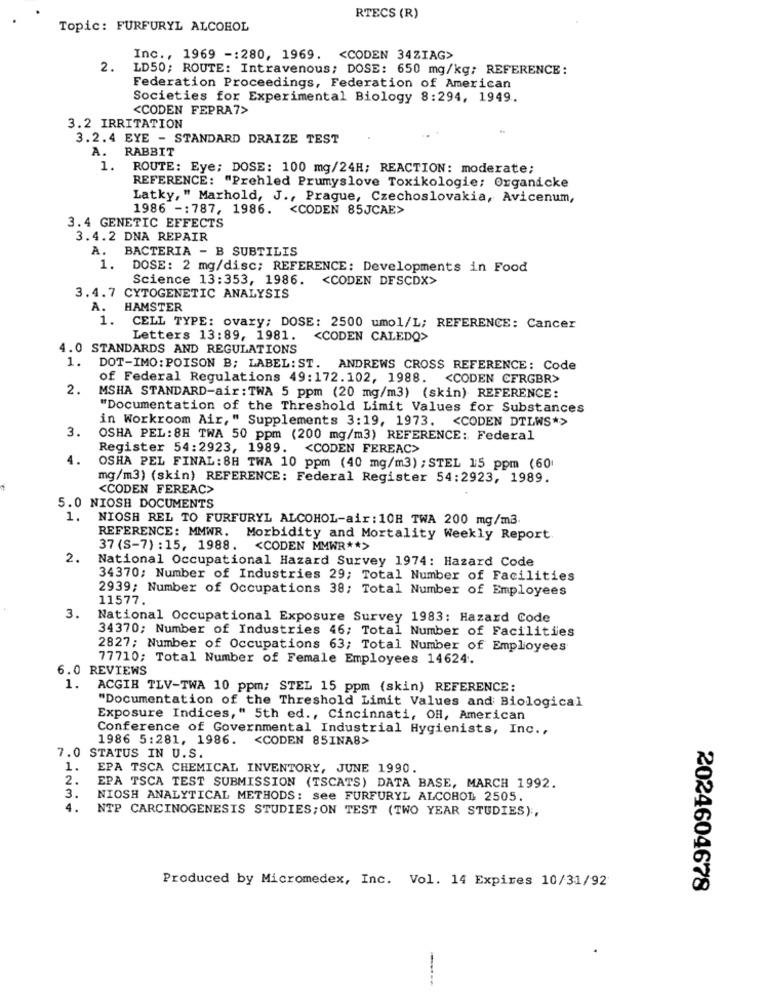
RTECS (R)
Topic: FURFURYL ALCOHOL
Inc ., 1969 -: 280, 1969. < CODEN 34ZIAG>
2.
LD50; ROUTE: Intravenous; DOSE: 650 mg/kg; REFERENCE:
Federation Proceedings, Federation of American
Societies for Experimental Biology 8:294, 1949.
<CODEN FEPRA7>
3.2 IRRITATION
3.2.4 EYE - STANDARD DRAIZE TEST
A. RABBIT
1.
ROUTE: Eye; DOSE: 100 mg/24H; REACTION: moderate;
REFERENCE: "Prehled Prumyslove Toxikologie; Organicke
Latky, " Marhold, J ., Prague, Czechoslovakia, Avicenum,
1986 -: 787, 1986. < CODEN 85JCAE>
3.4 GENETIC EFFECTS
3.4.2 DNA REPAIR
. BACTERIA - B SUBTILIS
1.
DOSE: 2 mg/disc; REFERENCE: Developments in Food
Science 13:353, 1986.
<CODEN DESCDX>
3.4.7 CYTOGENETIC ANALYSIS
A. HAMSTER
1.
CELL TYPE: ovary; DOSE: 2500 umol/L; REFERENCE: Cancer
Letters 13:89, 1981.
<CODEN CALEDQ>
4.0 STANDARDS AND REGULATIONS
1. DOT-IMO:POISON B; LABEL: ST. ANDREWS CROSS REFERENCE: Code
of Federal Regulations 49:172.102, 1988.
<CODEN CFRGBR>
2.
MSHA STANDARD-air:TWA 5 ppm (20 mg/m3) (skin) REFERENCE:
"Documentation of the Threshold Limit Values for Substances
in Workroom Air," Supplements 3:19, 1973. < CODEN DTLWS*>
3.
OSHA PEL:8H TWA 50 ppm (200 mg/m3) REFERENCE: Federal
Register 54:2923, 1989. < CODEN FEREAC>
4.
OSHA PEL FINAL: 8H TWA 10 ppm (40 mg/m3) ; STEL 15 ppm (60
mg/m3) (skin) REFERENCE: Federal Register 54:2923, 1989.
<CODEN FEREAC>
5.0 NIOSH DOCUMENTS
1.
NIOSH REL TO FURFURYL ALCOHOL-air : 10H TWA 200 mg/m3.
REFERENCE: MMWR. Morbidity and Mortality Weekly Report
37 (S-7) :15, 1988. < CODEN MMWR ** >
2.
National Occupational Hazard Survey 1974: Hazard Code
34370; Number of Industries 29; Total Number of Facilities
2939; Number of Occupations 38; Total Number of Employees
11577.
3.
National Occupational Exposure Survey 1983: Hazard Code
34370; Number of Industries 46; Total Number of Facilities
2827; Number of Occupations 63; Total Number of Employees
77710; Total Number of Female Employees 14624.
6.0 REVIEWS
1.
ACGIR TLV-TWA 10 ppm; STEL 15 ppm (skin) REFERENCE:
"Documentation of the Threshold Limit Values and Biological
Exposure Indices," 5th ed ., Cincinnati, OH, American
Conference of Governmental Industrial Hygienists, Inc .,
1986 5:281, 1986. < CODEN 85INA8>
7.0 STATUS IN U.S.
1.
EPA TSCA CHEMICAL INVENTORY, JUNE 1990.
2.
EPA TSCA TEST SUBMISSION (TSCATS) DATA BASE, MARCH 1992.
3.
NIOSH ANALYTICAL METHODS: see FURFURYL ALCOROD 2505.
4.
NTP CARCINOGENESIS STUDIES; ON TEST (TWO YEAR STUDIES) :,
Produced by Micromedex, Inc. Vol. 14 Expires 10/31/92
2024604678